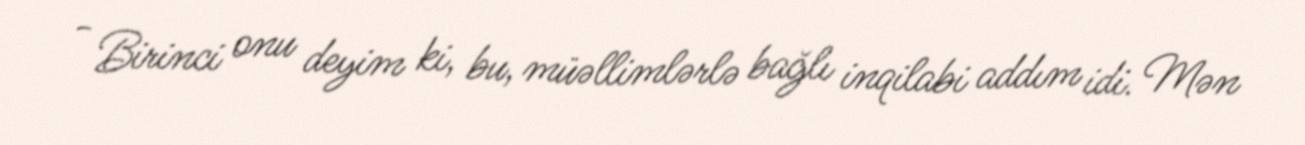
- Birinci onu deyim ki, bu, müəllimlərlə bağlı inqilabi addım idi. Mən